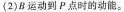
(2)B运动到P点时的动能。